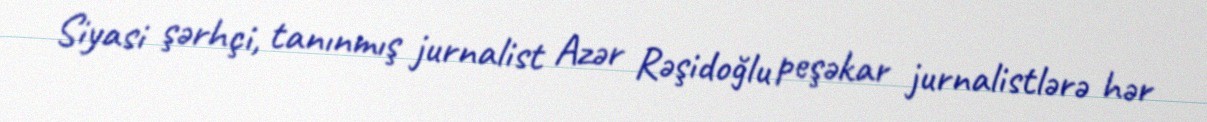
Siyasi şərhçi, tanınmış jurnalist Azər Rəşidoğlu peşəkar jurnalistlərə hər